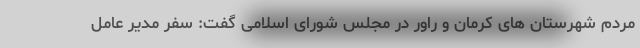
مردم شهرستان های کرمان و راور در مجلس شورای اسلامی گفت: سفر مدیر عامل